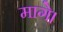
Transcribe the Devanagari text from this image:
मागे।